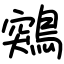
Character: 鶟